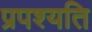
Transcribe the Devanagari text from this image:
प्रपश्यति